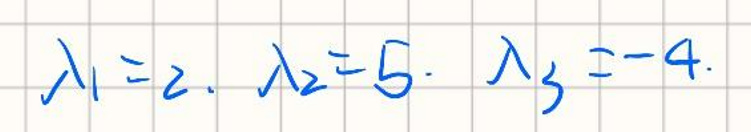
\(\lambda_1 = 2, \lambda_2 = 5, \lambda_3=-4\)